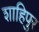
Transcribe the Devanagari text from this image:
शाहिपुर